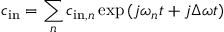
c _ { \mathrm { i n } } = \sum _ { n } c _ { \mathrm { i n } , n } \exp { ( j \omega _ { n } t + j \Delta \omega t ) }